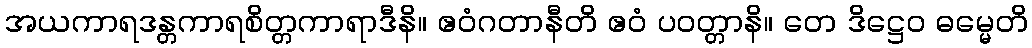
အယကာရဒန္တကာရစိတ္တကာရာဒီနိ။ ဧဝံဂတာနီတိ ဧဝံ ပဝတ္တာနိ။ တေ ဒိဋ္ဌေဝ ဓမ္မေတိ